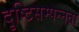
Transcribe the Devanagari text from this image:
दृष्टिसम्पन्नता